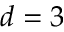
d = 3